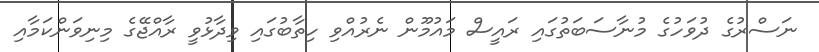
ނަސްރުގެ ދުވަހުގެ މުނާސަބަތުގައި ރައީސް މައުމޫން ނެރުއްވި ހިތާބުގައި ވިދާޅުވީ ރާއްޖޭގެ މިނިވަންކަމާއި